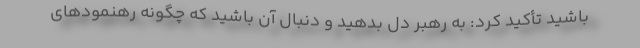
باشید تأکید کرد: به رهبر دل بدهید و دنبال آن باشید که چگونه رهنمودهای